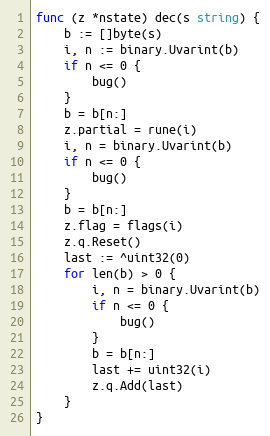
Language: Go
func (z *nstate) dec(s string) {
	b := []byte(s)
	i, n := binary.Uvarint(b)
	if n <= 0 {
		bug()
	}
	b = b[n:]
	z.partial = rune(i)
	i, n = binary.Uvarint(b)
	if n <= 0 {
		bug()
	}
	b = b[n:]
	z.flag = flags(i)
	z.q.Reset()
	last := ^uint32(0)
	for len(b) > 0 {
		i, n = binary.Uvarint(b)
		if n <= 0 {
			bug()
		}
		b = b[n:]
		last += uint32(i)
		z.q.Add(last)
	}
}